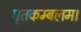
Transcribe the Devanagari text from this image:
घृतकम्बलम।